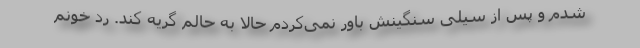
شدم و پس از سیلی سنگینش باور نمی‌کردم حالا به حالم گریه کند. ردّ خونم